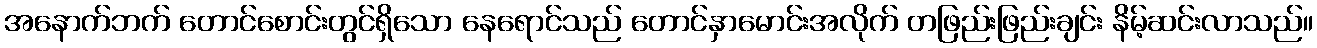
အနောက်ဘက် တောင်စောင်းတွင်ရှိသော နေရောင်သည် တောင်နှာမောင်းအလိုက် တဖြည်းဖြည်းချင်း နိမ့်ဆင်းလာသည်။